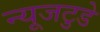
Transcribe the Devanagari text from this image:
न्यूजटुडे